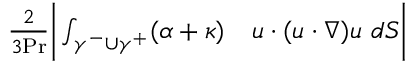
\begin{array} { r l } { \frac { 2 } { 3 \mathrm { { P r } } } \bigg | \int _ { \gamma ^ { - } \cup \gamma ^ { + } } ( \alpha + \kappa ) } & { { } u \cdot ( u \cdot \nabla ) u \ d S \bigg | } \end{array}